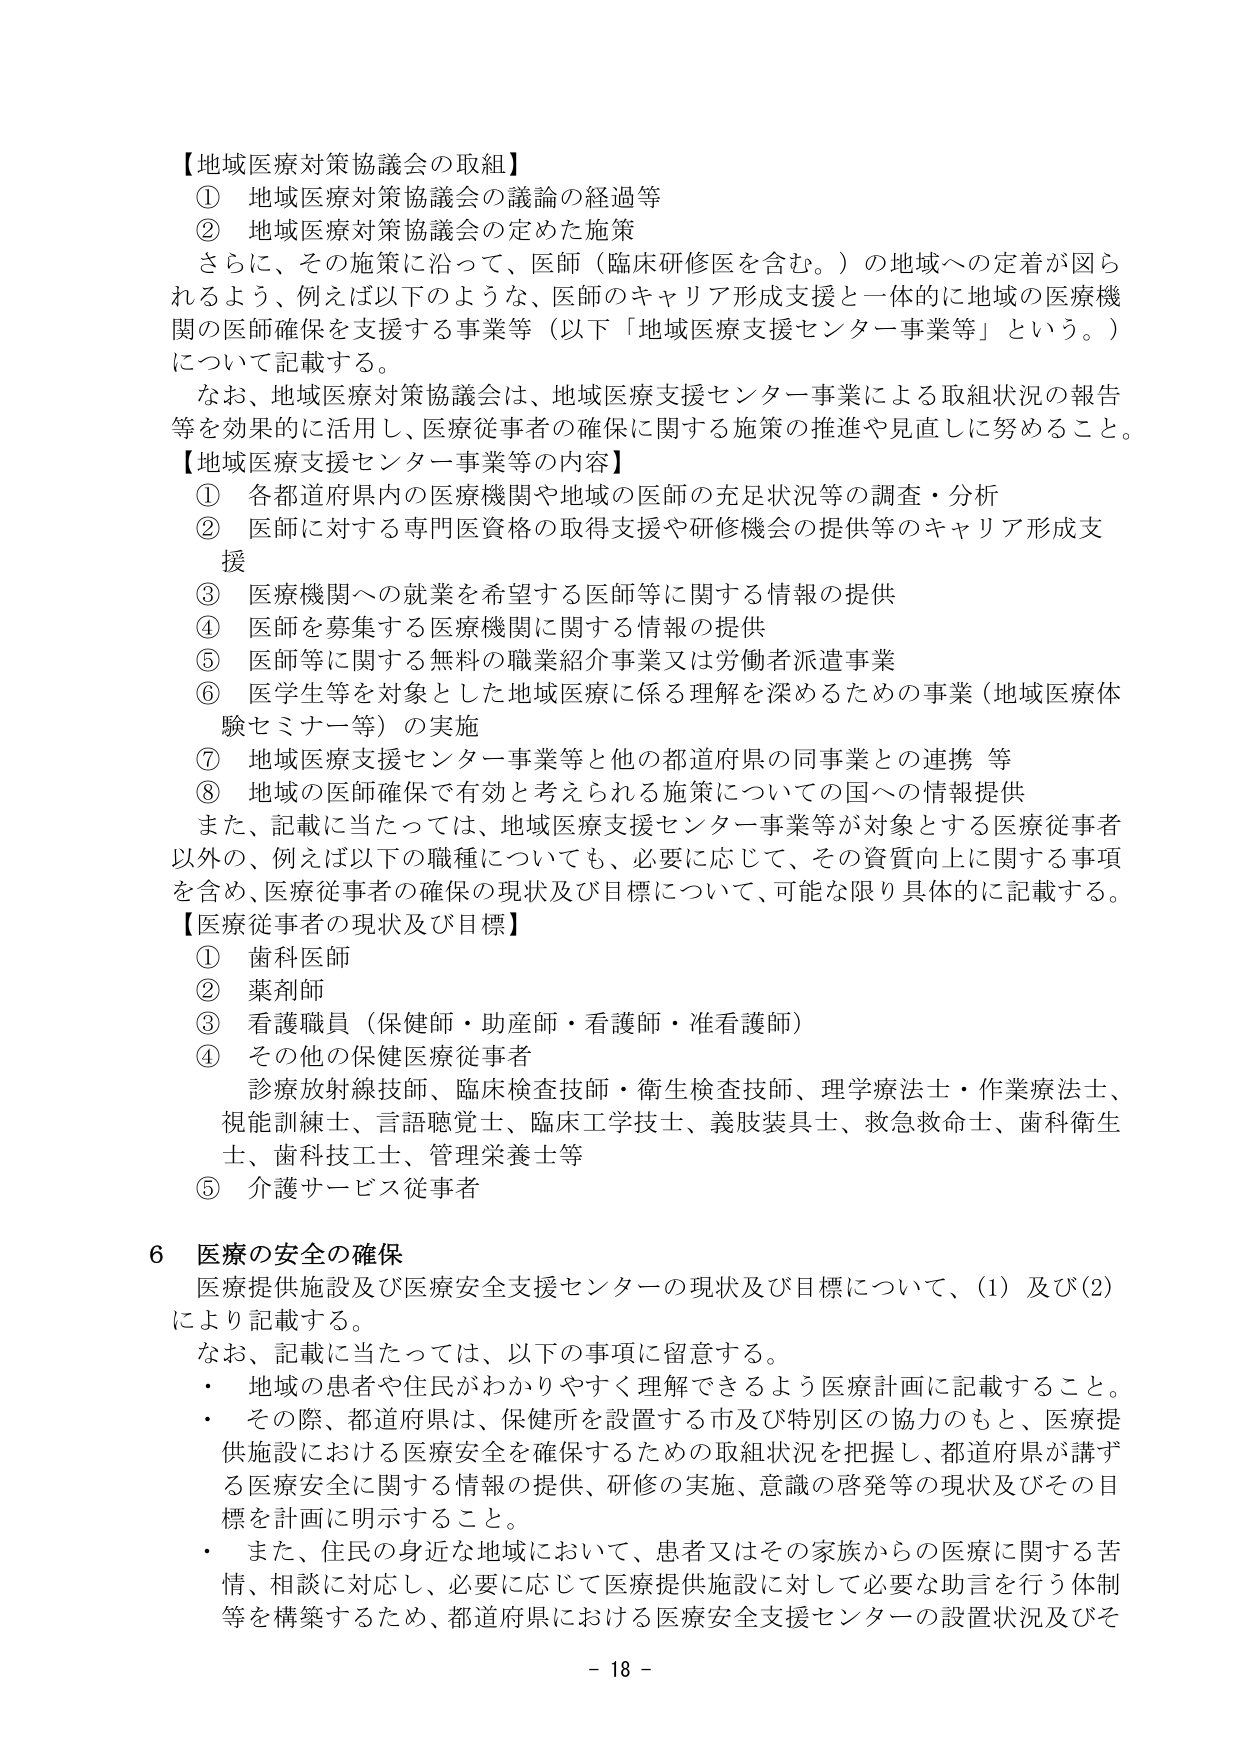
【地域医療対策協議会の取組】
① 地域医療対策協議会の議論の経過等
② 地域医療対策協議会の定めた施策
　さらに、その施策に沿って、医師（臨床研修医を含む。）の地域への定着が図られるよう、例えば以下のような、医師のキャリア形成支援と一体的に地域の医療機関の医師確保を支援する事業等（以下「地域医療支援センター事業等」という。）について記載する。
　なお、地域医療対策協議会は、地域医療支援センター事業による取組状況の報告等を効果的に活用し、医療従事者の確保に関する施策の推進や見直しに努めること。

【地域医療支援センター事業等の内容】
① 各都道府県内の医療機関や地域の医師の充足状況等の調査・分析
② 医師に対する専門医資格の取得支援や研修機会の提供等のキャリア形成支援
③ 医療機関への就業を希望する医師等に関する情報の提供
④ 医師を募集する医療機関に関する情報の提供
⑤ 医師等に関する無料の職業紹介事業又は労働者派遣事業
⑥ 医学生等を対象とした地域医療に係る理解を深めるための事業（地域医療体験セミナー等）の実施
⑦ 地域医療支援センター事業等と他の都道府県の同事業との連携 等
⑧ 地域の医師確保で有効と考えられる施策についての国への情報提供
　また、記載に当たっては、地域医療支援センター事業等が対象とする医療従事者以外の、例えば以下の職種についても、必要に応じて、その資質向上に関する事項を含め、医療従事者の確保の現状及び目標について、可能な限り具体的に記載する。

【医療従事者の現状及び目標】
① 歯科医師
② 薬剤師
③ 看護職員（保健師・助産師・看護師・准看護師）
④ その他の保健医療従事者
　診療放射線技師、臨床検査技師・衛生検査技師、理学療法士・作業療法士、視能訓練士、言語聴覚士、臨床工学技士、義肢装具士、救急救命士、歯科衛生士、歯科技工士、管理栄養士等
⑤ 介護サービス従事者

6 医療の安全の確保
　医療提供施設及び医療安全支援センターの現状及び目標について、(1) 及び (2) により記載する。
　なお、記載に当たっては、以下の事項に留意する。
・ 地域の患者や住民がわかりやすく理解できるよう医療計画に記載すること。
・ その際、都道府県は、保健所を設置する市及び特別区の協力のもと、医療提供施設における医療安全を確保するための取組状況を把握し、都道府県が講ずる医療安全に関する情報の提供、研修の実施、意識の啓発等の現状及びその目標を計画に明示すること。
・ また、住民の身近な地域において、患者又はその家族からの医療に関する苦情、相談に対応し、必要に応じて医療提供施設に対して必要な助言を行う体制等を構築するため、都道府県における医療安全支援センターの設置状況及びそ

- 18 -